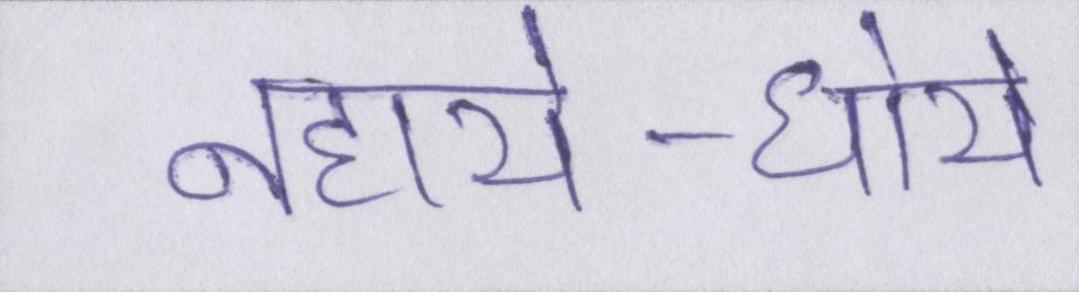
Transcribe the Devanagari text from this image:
नहाये-धोये